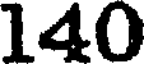
140